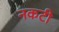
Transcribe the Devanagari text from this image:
नकटी